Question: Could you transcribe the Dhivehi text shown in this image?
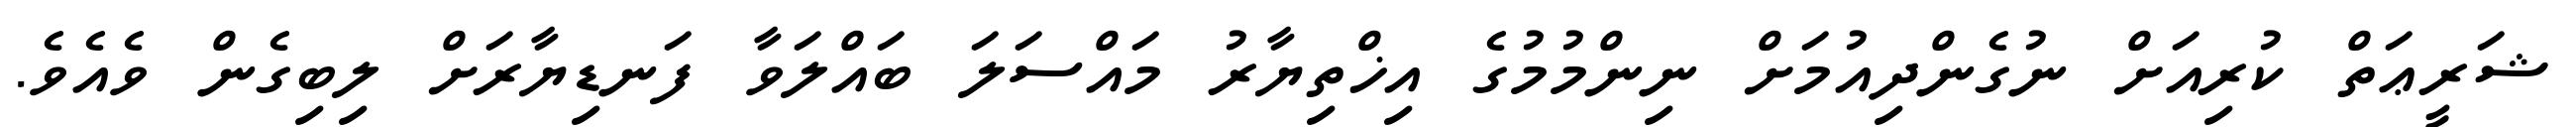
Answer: ޝަރީޢަތް ކުރިއަށް ނުގެންދިއުމަށް ނިންމުމުގެ އިޚްތިޔާރު މައްސަލަ ބައްލަވާ ފަނޑިޔާރަށް ލިބިގެން ވެއެވެ.